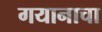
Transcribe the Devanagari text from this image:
गयानाचा